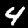
Digit: 4